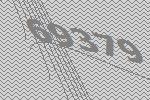
69379